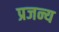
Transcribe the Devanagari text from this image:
प्रजन्य